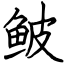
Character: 鲏